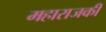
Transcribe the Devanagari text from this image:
महाराजकी